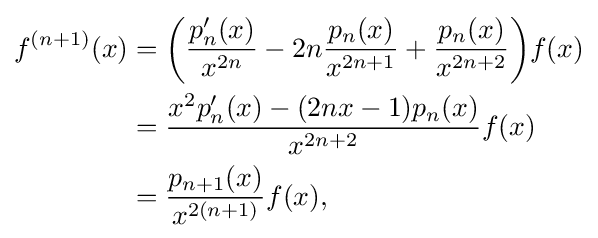
{\begin{aligned}f^{(n+1)}(x)&={\biggl (}{\frac {p'_{n}(x)}{x^{2n}}}-2n{\frac {p_{n}(x)}{x^{2n+1}}}+{\frac {p_{n}(x)}{x^{2n+2}}}{\biggr )}f(x)\\&={\frac {x^{2}p'_{n}(x)-(2nx-1)p_{n}(x)}{x^{2n+2}}}f(x)\\&={\frac {p_{n+1}(x)}{x^{2(n+1)}}}f(x),\end{aligned}}